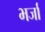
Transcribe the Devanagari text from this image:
भर्जा